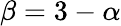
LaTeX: \beta=3-\alpha